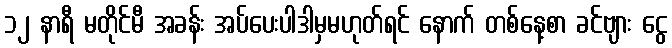
၁၂ နာရီ မတိုင်မီ အခန်း အပ်ပေးပါဒါမှမဟုတ်ရင် နောက် တစ်နေ့စာ ခင်ဗျား ငွေ